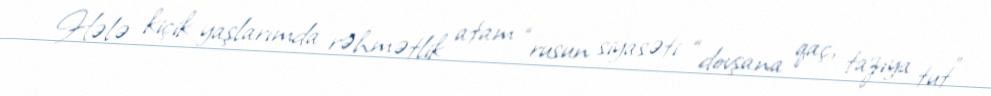
Hələ kiçik yaşlarımda rəhmətlik atam “rusun siyasəti “dovşana qaç, tazıya tut”